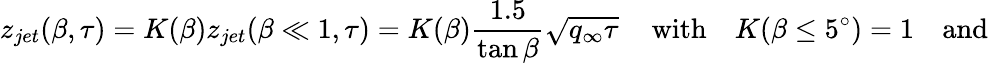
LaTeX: z_{jet}(\beta,\tau)=K(\beta)z_{jet}(\beta\ll 1,\tau)=K(\beta)\frac{1.5}{\tan\beta}\sqrt{q_{\infty}\tau}\, \quad\mathrm{with}\quad K(\beta\leq 5^{\circ})=1\quad\mathrm{and}